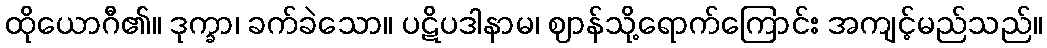
ထိုယောဂီ၏။ ဒုက္ခာ၊ ခက်ခဲသော။ ပဋိပဒါနာမ၊ ဈာန်သို့ရောက်ကြောင်း အကျင့်မည်သည်။